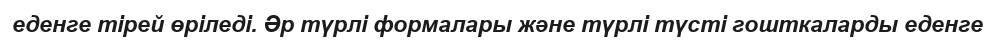
еденге тірей өріледі. Әр түрлі формалары және түрлі түсті гошткаларды еденге